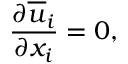
\frac { \partial \overline { { u } } _ { i } } { \partial x _ { i } } = 0 ,